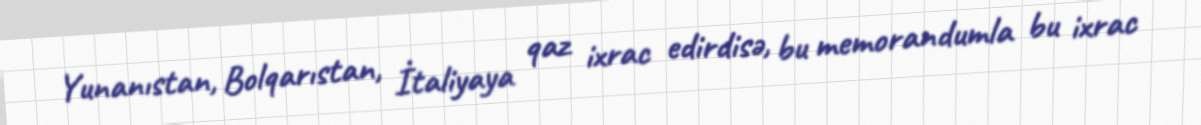
Yunanıstan, Bolqarıstan, İtaliyaya qaz ixrac edirdisə, bu memorandumla bu ixrac